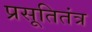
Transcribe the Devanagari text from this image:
प्रसूतितंत्र